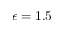
\epsilon = 1 . 5